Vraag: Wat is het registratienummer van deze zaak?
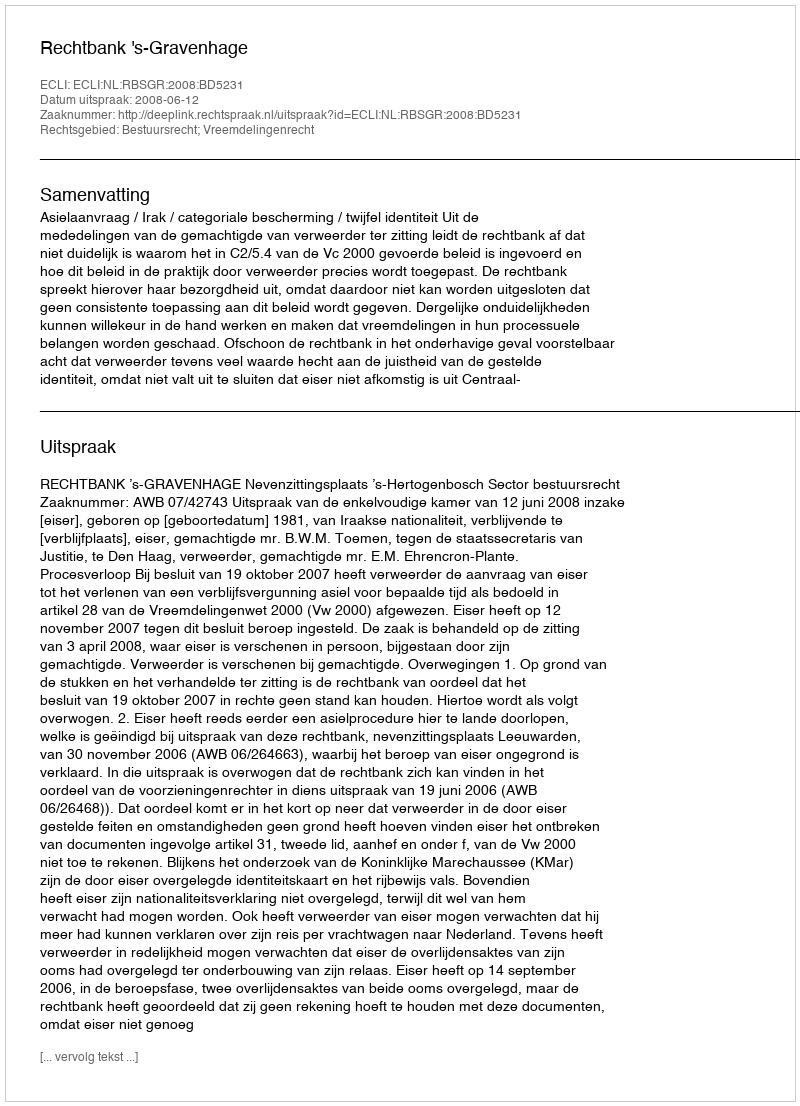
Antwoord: http://deeplink.rechtspraak.nl/uitspraak?id=ECLI:NL:RBSGR:2008:BD5231